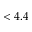
< 4 . 4